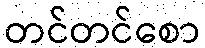
တင်တင်စော